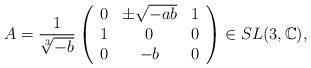
LaTeX: \begin{align*}A=\frac{1}{\sqrt[3]{-b}} \left(\begin{array}{ccc}0 & \pm\sqrt{-ab} &1 \\ 1 & 0 & 0 \\ 0& -b &0 \end{array}\right) \in SL(3,\mathbb{C}),\end{align*}